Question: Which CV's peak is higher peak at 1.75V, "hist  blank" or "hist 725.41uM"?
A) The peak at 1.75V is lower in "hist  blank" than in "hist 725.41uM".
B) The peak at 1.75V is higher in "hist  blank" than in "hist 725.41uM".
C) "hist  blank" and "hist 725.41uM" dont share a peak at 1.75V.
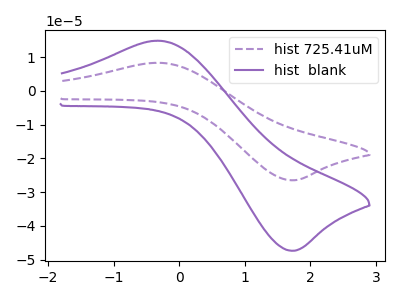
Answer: <think>The purple dashed curve "hist 725.41uM" has an anodic peak at (-0.35V, 8.30uA) and a cathodic peak at (1.75V, -26.50uA). The purple curve "hist  blank" has an anodic peak at (-0.35V, 14.85uA) and a cathodic peak at (1.75V, -47.35uA).</think>
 <answer>B) The peak at 1.75V is higher in "hist  blank" than in "hist 725.41uM".</answer>
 <eval>B</eval>